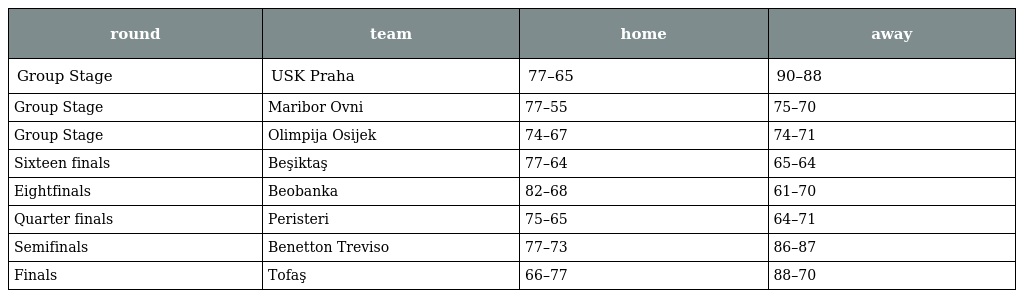
| round | team | home | away |
 | --- | --- | --- | --- |
 | Group Stage | USK Praha | 77–65 | 90–88 |
 | Group Stage | Maribor Ovni | 77–55 | 75–70 |
 | Group Stage | Olimpija Osijek | 74–67 | 74–71 |
 | Sixteen finals | Beşiktaş | 77–64 | 65–64 |
 | Eightfinals | Beobanka | 82–68 | 61–70 |
 | Quarter finals | Peristeri | 75–65 | 64–71 |
 | Semifinals | Benetton Treviso | 77–73 | 86–87 |
 | Finals | Tofaş | 66–77 | 88–70 |